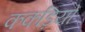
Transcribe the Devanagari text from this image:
ककड़ियों